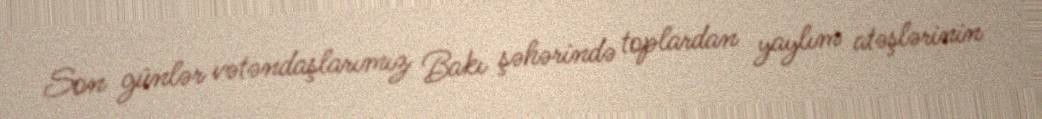
Son günlər vətəndaşlarımız Bakı şəhərində toplardan yaylım atəşlərinin